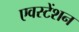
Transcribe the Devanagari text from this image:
एवस्टेंशन